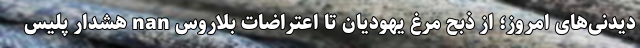
دیدنی‌های امروز؛ از ذبح مرغ یهودیان تا اعتراضات بلاروس nan هشدار پلیس